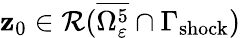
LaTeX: \mathbf{z}_{0}\in\mathcal{{R}}(\overline{{{\Omega_{\varepsilon}^{5}}}}\cap\Gamma_{\mathrm{{shock}}})